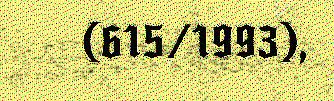
(615/1993),